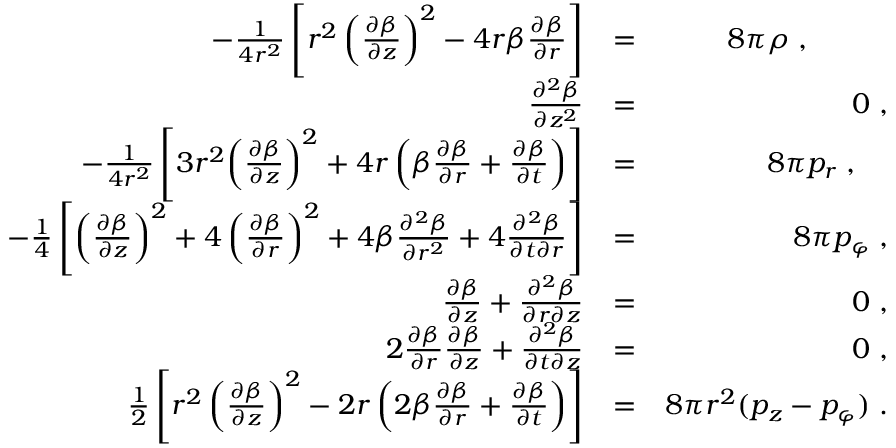
\begin{array} { r l r } { - \frac { 1 } { 4 r ^ { 2 } } \left[ r ^ { 2 } \left( \frac { \partial \beta } { \partial z } \right) ^ { 2 } - 4 r \beta \frac { \partial \beta } { \partial r } \right] } & { = } & { 8 \pi \rho \; , \; \; \; \; \; \; \; \; \; \; } \\ { \frac { \partial ^ { 2 } \beta } { \partial z ^ { 2 } } } & { = } & { 0 \; , } \\ { - \frac { 1 } { 4 r ^ { 2 } } \left[ 3 r ^ { 2 } \! \left( \frac { \partial \beta } { \partial z } \right) ^ { 2 } + 4 r \left( \beta \frac { \partial \beta } { \partial r } + \frac { \partial \beta } { \partial t } \right) \right] } & { = } & { 8 \pi p _ { r } \; , \; \; \; \; } \\ { - \frac { 1 } { 4 } \left[ \left( \frac { \partial \beta } { \partial z } \right) ^ { 2 } + 4 \left( \frac { \partial \beta } { \partial r } \right) ^ { 2 } + 4 \beta \frac { \partial ^ { 2 } \beta } { \partial r ^ { 2 } } + 4 \frac { \partial ^ { 2 } \beta } { \partial t \partial r } \right] } & { = } & { 8 \pi p _ { \varphi } \; , } \\ { \frac { \partial \beta } { \partial z } + \frac { \partial ^ { 2 } \beta } { \partial r \partial z } } & { = } & { 0 \; , } \\ { 2 \frac { \partial \beta } { \partial r } \frac { \partial \beta } { \partial z } + \frac { \partial ^ { 2 } \beta } { \partial t \partial z } } & { = } & { 0 \; , } \\ { \frac { 1 } { 2 } \left[ r ^ { 2 } \left( \frac { \partial \beta } { \partial z } \right) ^ { 2 } - 2 r \left( 2 \beta \frac { \partial \beta } { \partial r } + \frac { \partial \beta } { \partial t } \right) \right] } & { = } & { 8 \pi r ^ { 2 } ( p _ { z } - p _ { \varphi } ) \; . } \end{array}